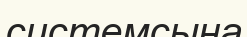
системсына